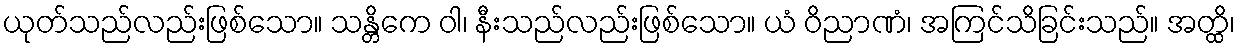
ယုတ်သည်လည်းဖြစ်သော။ သန္တိကေ ဝါ၊ နီးသည်လည်းဖြစ်သော။ ယံ ဝိညာဏံ၊ အကြင်သိခြင်းသည်။ အတ္ထိ၊